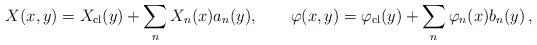
\begin{align*}X(x, y) = X_{\rm cl}(y)+ \sum_n X_n(x) a_n(y), \qquad \varphi(x, y) = \varphi_{\rm cl} (y) + \sum_n \varphi_n(x) b_n(y)\,,\end{align*}